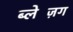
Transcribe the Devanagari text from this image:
ब्लेज़िंग